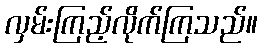
လှမ်းကြည့်လိုက်ကြသည်။